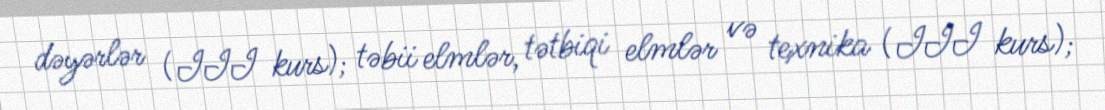
dəyərlər (III kurs); təbii elmlər, tətbiqi elmlər və texnika (III kurs);